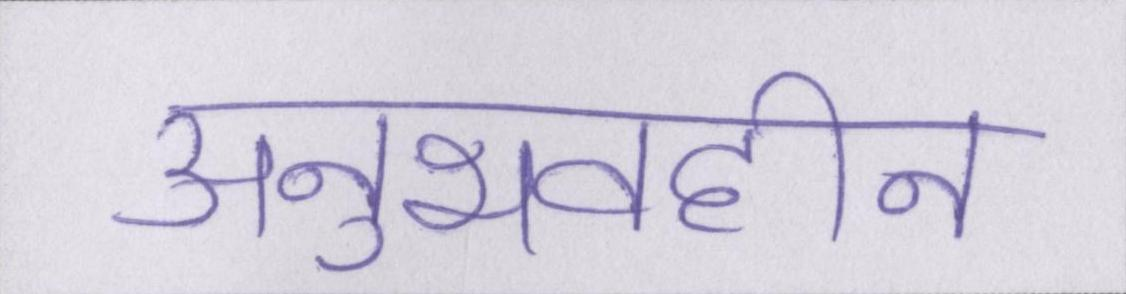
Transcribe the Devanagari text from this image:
अनुभवहीन